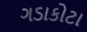
ગડાકોટા